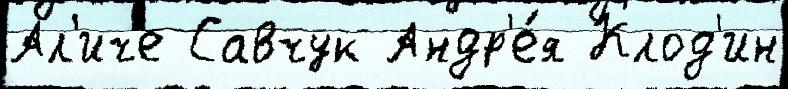
Ал'иче Савчук Андр'е́я Клод'ин